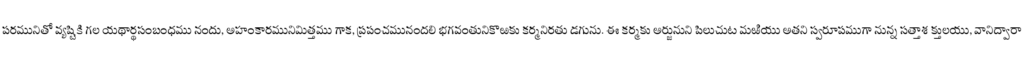
పరమునితో వ్యష్టికి గల యథార్థసంబంధము నందు, అహంకారమునిమిత్తము గాక, ప్రపంచమునందలి భగవంతునికొఱకు కర్మనిరతు డగును. ఈ కర్మకు అర్జునుని పిలుచుట మఱియు అతని స్వరూపముగా నున్న సత్తాశ క్తులయు, వానిద్వారా